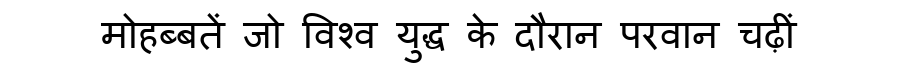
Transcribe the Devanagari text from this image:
मोहब्बतें जो विश्व युद्ध के दौरान परवान चढ़ीं